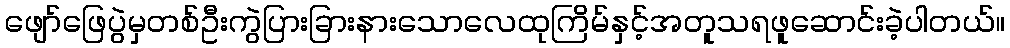
ဖျော်ဖြေပွဲမှတစ်ဦးကွဲပြားခြားနားသောလေထုကြိမ်နှင့်အတူသရဖူဆောင်းခဲ့ပါတယ်။